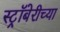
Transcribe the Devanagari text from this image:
स्ट्रॉबेरीच्या